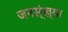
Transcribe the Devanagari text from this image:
जनस्ंख्या